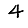
Digit: 4